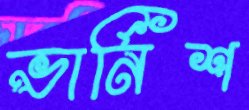
ভার্নিশ